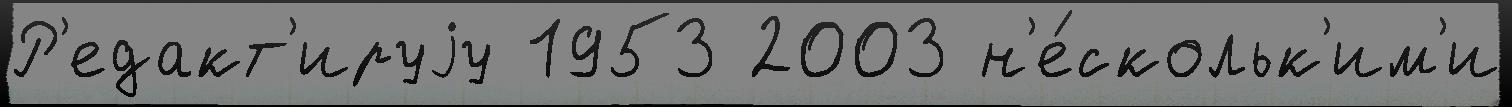
Р'едакт'ируjу 1953 2003 н'е́скольк'им'и